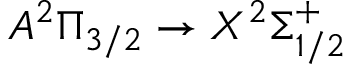
A ^ { 2 } \Pi _ { 3 / 2 } \rightarrow X ^ { 2 } \Sigma _ { 1 / 2 } ^ { + }